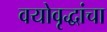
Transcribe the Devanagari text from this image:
वयोवृद्धांचा